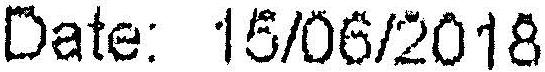
DATE: 15/06/2018